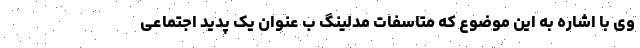
وی با اشاره به این موضوع که متاسفات مدلینگ ب عنوان یک پدید اجتماعی